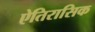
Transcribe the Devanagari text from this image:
ऐतिरासिक